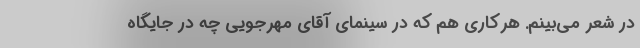
در شعر می‌بینم. هرکاری هم که در سینمای آقای مهرجویی چه در جایگاه